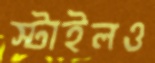
স্টাইলও